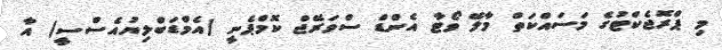
މި ޕްރޮޖެކްޓުގެ މަސައްކަތް މާލޭ ވޯޓާ އެންޑް ސްވަރޭޖް ކޮމްޕެނީ (އެމްޑަބްލިޔުއެސްސީ) އާ